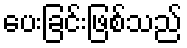
ပေးခြင်းဖြစ်သည်